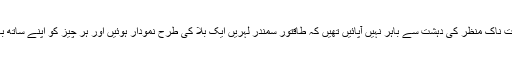
ابھی وہ اس ہیبت ناک منظر کی دہشت سے باہر نہیں آپائیں تھیں کہ طاقتور سمندر لہریں ایک بلا کی طرح نمودار ہوئیں اور ہر چیز کو اپنے ساتھ بہا کر لے گئیں۔